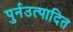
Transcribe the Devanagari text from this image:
पुर्नउत्पादित